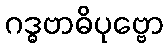
ဂဒ္ဓဗာဓိပုဗ္ဗော